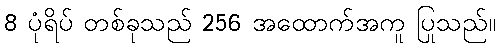
8 ပုံရိပ် တစ်ခုသည် 256 အထောက်အကူ ပြုသည်။